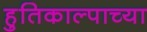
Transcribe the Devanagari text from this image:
हुतिकाल्पाच्या